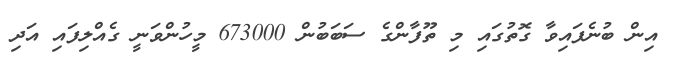
އިން ބުނެފައިވާ ގޮތުގައި މި ތޫފާންގެ ސަބަބުން 673000 މީހުންވަނީ ގެއްލިފައި އަދި